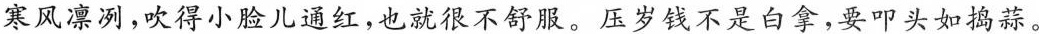
寒风凛冽，吹得小脸儿通红，也就很不舒服。压岁钱不是白拿，要叩头如捣蒜。